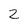
Character: 2